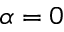
\alpha = 0